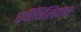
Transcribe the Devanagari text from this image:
एपीथिलियम